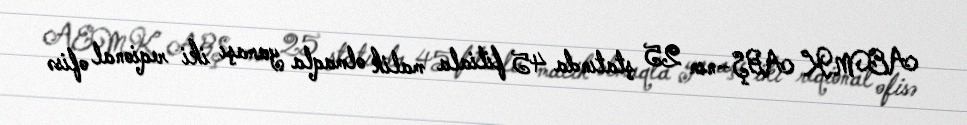
AEMK ABŞ–nın 25 ştatında 45 filiala malik olmaqla yanaşı iki reqional ofisə